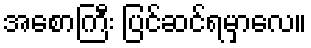
အစောကြီး ပြင်ဆင်ရမှာလေ။